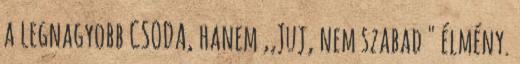
a legnagyobb CSODA, hanem ,,Juj, nem szabad " élmény.